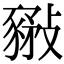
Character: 𧱰